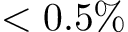
< 0 . 5 \%